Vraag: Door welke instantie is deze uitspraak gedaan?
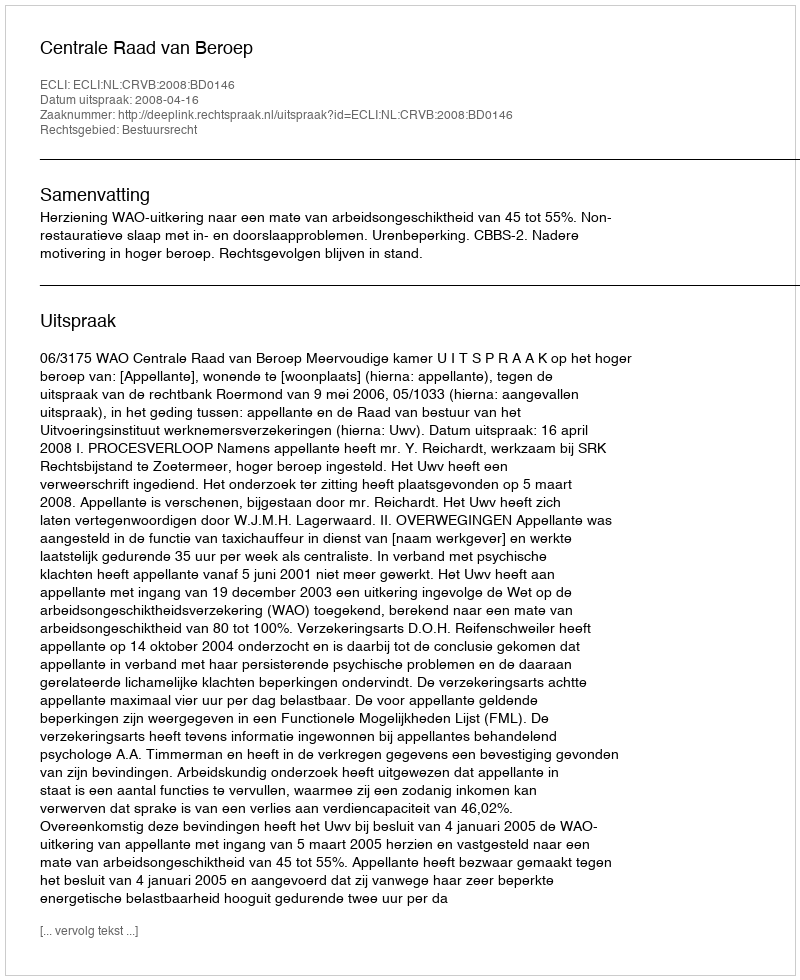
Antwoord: Centrale Raad van Beroep